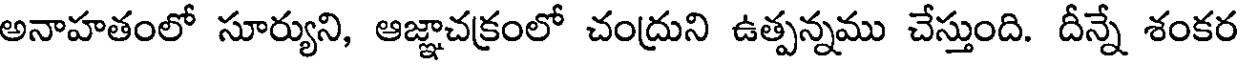
అనాహతంలో సూర్యుని, ఆజ్ఞాచక్రంలో చంద్రుని ఉత్పన్నము చేస్తుంది. దీన్నే శంకర